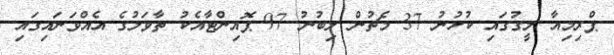
ޕްރިމިއާ ލީގުގައި ކުޅުނު 37 މެޗުން ލިބުނު 97 ޕޮއިންޓާއެކު ތާވަލުގެ އެއްވަނައިގައި